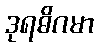
ဒုရဓိဂမာ